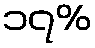
၁၇%